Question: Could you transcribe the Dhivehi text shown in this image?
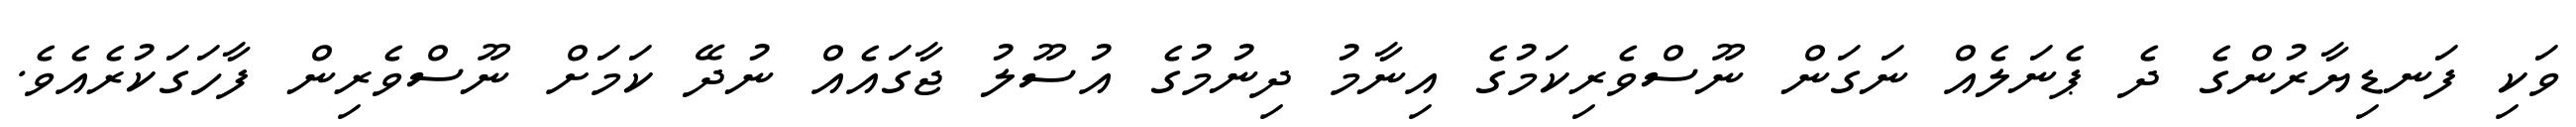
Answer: ވަކި ފަނޑިޔާރުންގެ ދެ ޕެނަލެއް ނަގަން ނޫސްވެރިކަމުގެ އިނާމު ދިނުމުގެ އުސޫލު ޖާގައެއް ނުދޭ ކަމަށް ނޫސްވެރިން ފާހަގަކުރެއެވެ.